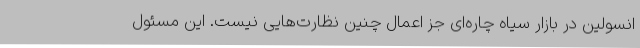
انسولین در بازار سیاه چاره‌ای جز اعمال چنین نظارت‌هایی نیست. این مسئول